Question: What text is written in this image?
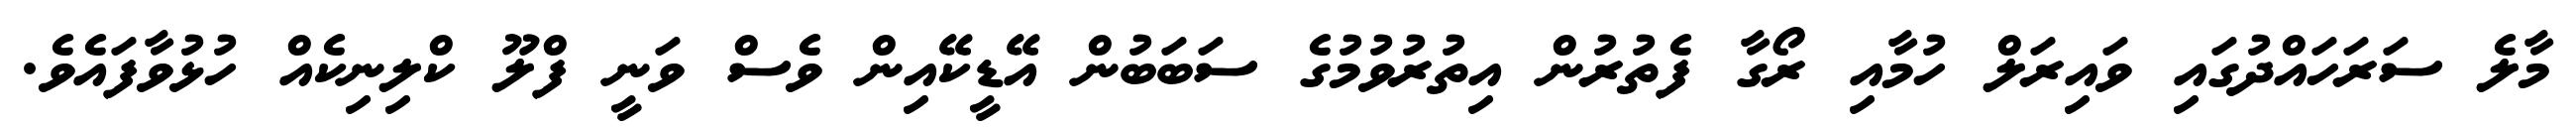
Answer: މާލެ ސަރަހައްދުގައި ވައިރަލް ހުމާއި ރޯގާ ފެތުރުން އިތުރުވުމުގެ ސަބަބުން އޭޑީކޭއިން ވެސް ވަނީ ފްލޫ ކްލިނިކެއް ހުޅުވާފައެވެ.